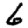
Digit: 6